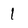
Character: 1